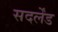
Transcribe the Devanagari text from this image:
सदर्लेंड